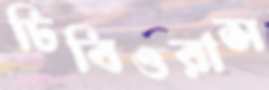
ঢিবিওরাস